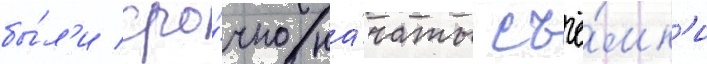
бы́л'и сро́чно на́чаты съё́мк'и